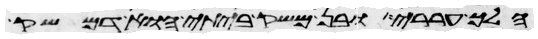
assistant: הלך עררי ובן משק ביתי הוא דמשק